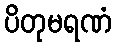
ပိတုမရဏံ